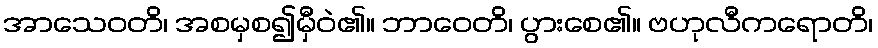
အာသေဝတိ၊ အစမှစ၍မှီဝဲ၏။ ဘာဝေတိ၊ ပွားစေ၏။ ဗဟုလီကရောတိ၊